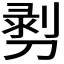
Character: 𭄄